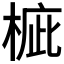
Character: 𣓄